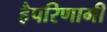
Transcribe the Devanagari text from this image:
हैपरिणामी